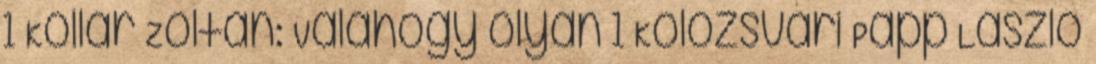
1 Kollár Zoltán: Valahogy olyan 1 Kolozsvári Papp László